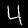
Label: 4